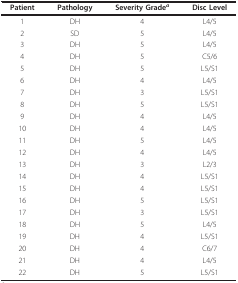
<table><thead><tr><td><b>Patient</b></td><td><b>Pathology</b></td><td><b>Severity Grade<i><sup>a</sup></i></b></td><td><b>Disc Level</b></td></tr></thead><tbody><tr><td>1</td><td>DH</td><td>4</td><td>L4/5</td></tr><tr><td>2</td><td>SD</td><td>5</td><td>L4/5</td></tr><tr><td>3</td><td>DH</td><td>5</td><td>L4/5</td></tr><tr><td>4</td><td>DH</td><td>5</td><td>C5/6</td></tr><tr><td>5</td><td>DH</td><td>5</td><td>L5/S1</td></tr><tr><td>6</td><td>DH</td><td>4</td><td>L4/5</td></tr><tr><td>7</td><td>DH</td><td>3</td><td>L5/S1</td></tr><tr><td>8</td><td>DH</td><td>5</td><td>L5/S1</td></tr><tr><td>9</td><td>DH</td><td>4</td><td>L4/5</td></tr><tr><td>10</td><td>DH</td><td>4</td><td>L4/5</td></tr><tr><td>11</td><td>DH</td><td>5</td><td>L4/5</td></tr><tr><td>12</td><td>DH</td><td>4</td><td>L4/5</td></tr><tr><td>13</td><td>DH</td><td>3</td><td>L2/3</td></tr><tr><td>14</td><td>DH</td><td>4</td><td>L5/S1</td></tr><tr><td>15</td><td>DH</td><td>4</td><td>L5/S1</td></tr><tr><td>16</td><td>DH</td><td>5</td><td>L5/S1</td></tr><tr><td>17</td><td>DH</td><td>3</td><td>L5/S1</td></tr><tr><td>18</td><td>DH</td><td>5</td><td>L4/5</td></tr><tr><td>19</td><td>DH</td><td>4</td><td>L5/S1</td></tr><tr><td>20</td><td>DH</td><td>4</td><td>C6/7</td></tr><tr><td>21</td><td>DH</td><td>4</td><td>L4/5</td></tr><tr><td>22</td><td>DH</td><td>5</td><td>L5/S1</td></tr></tbody></table>